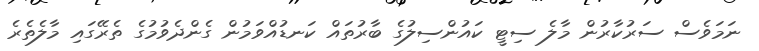
ނަމަވެސް ސަރުކާރުން މާލެ ސިޓީ ކައުންސިލުގެ ބާރުތައް ކަނޑުއްވަމުން ގެންދެވުމުގެ ތެރޭގައި މާލެތެރެ